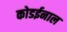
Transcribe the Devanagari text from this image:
कोडईनाल